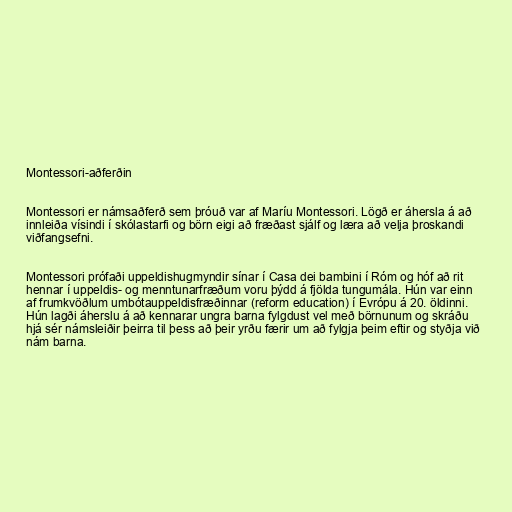
Montessori-aðferðin

Montessori er námsaðferð sem þróuð var af Maríu Montessori. Lögð er áhersla á að
innleiða vísindi í skólastarfi og börn eigi að fræðast sjálf og læra að velja þroskandi
viðfangsefni.

Montessori prófaði uppeldishugmyndir sínar í Casa dei bambini í Róm og hóf að rit
hennar í uppeldis- og menntunarfræðum voru þýdd á fjölda tungumála. Hún var einn
af frumkvöðlum umbótauppeldisfræðinnar (reform education) í Evrópu á 20. öldinni.
Hún lagði áherslu á að kennarar ungra barna fylgdust vel með börnunum og skráðu
hjá sér námsleiðir þeirra til þess að þeir yrðu færir um að fylgja þeim eftir og styðja við
nám barna.